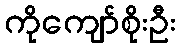
ကိုကျော်စိုးဦး